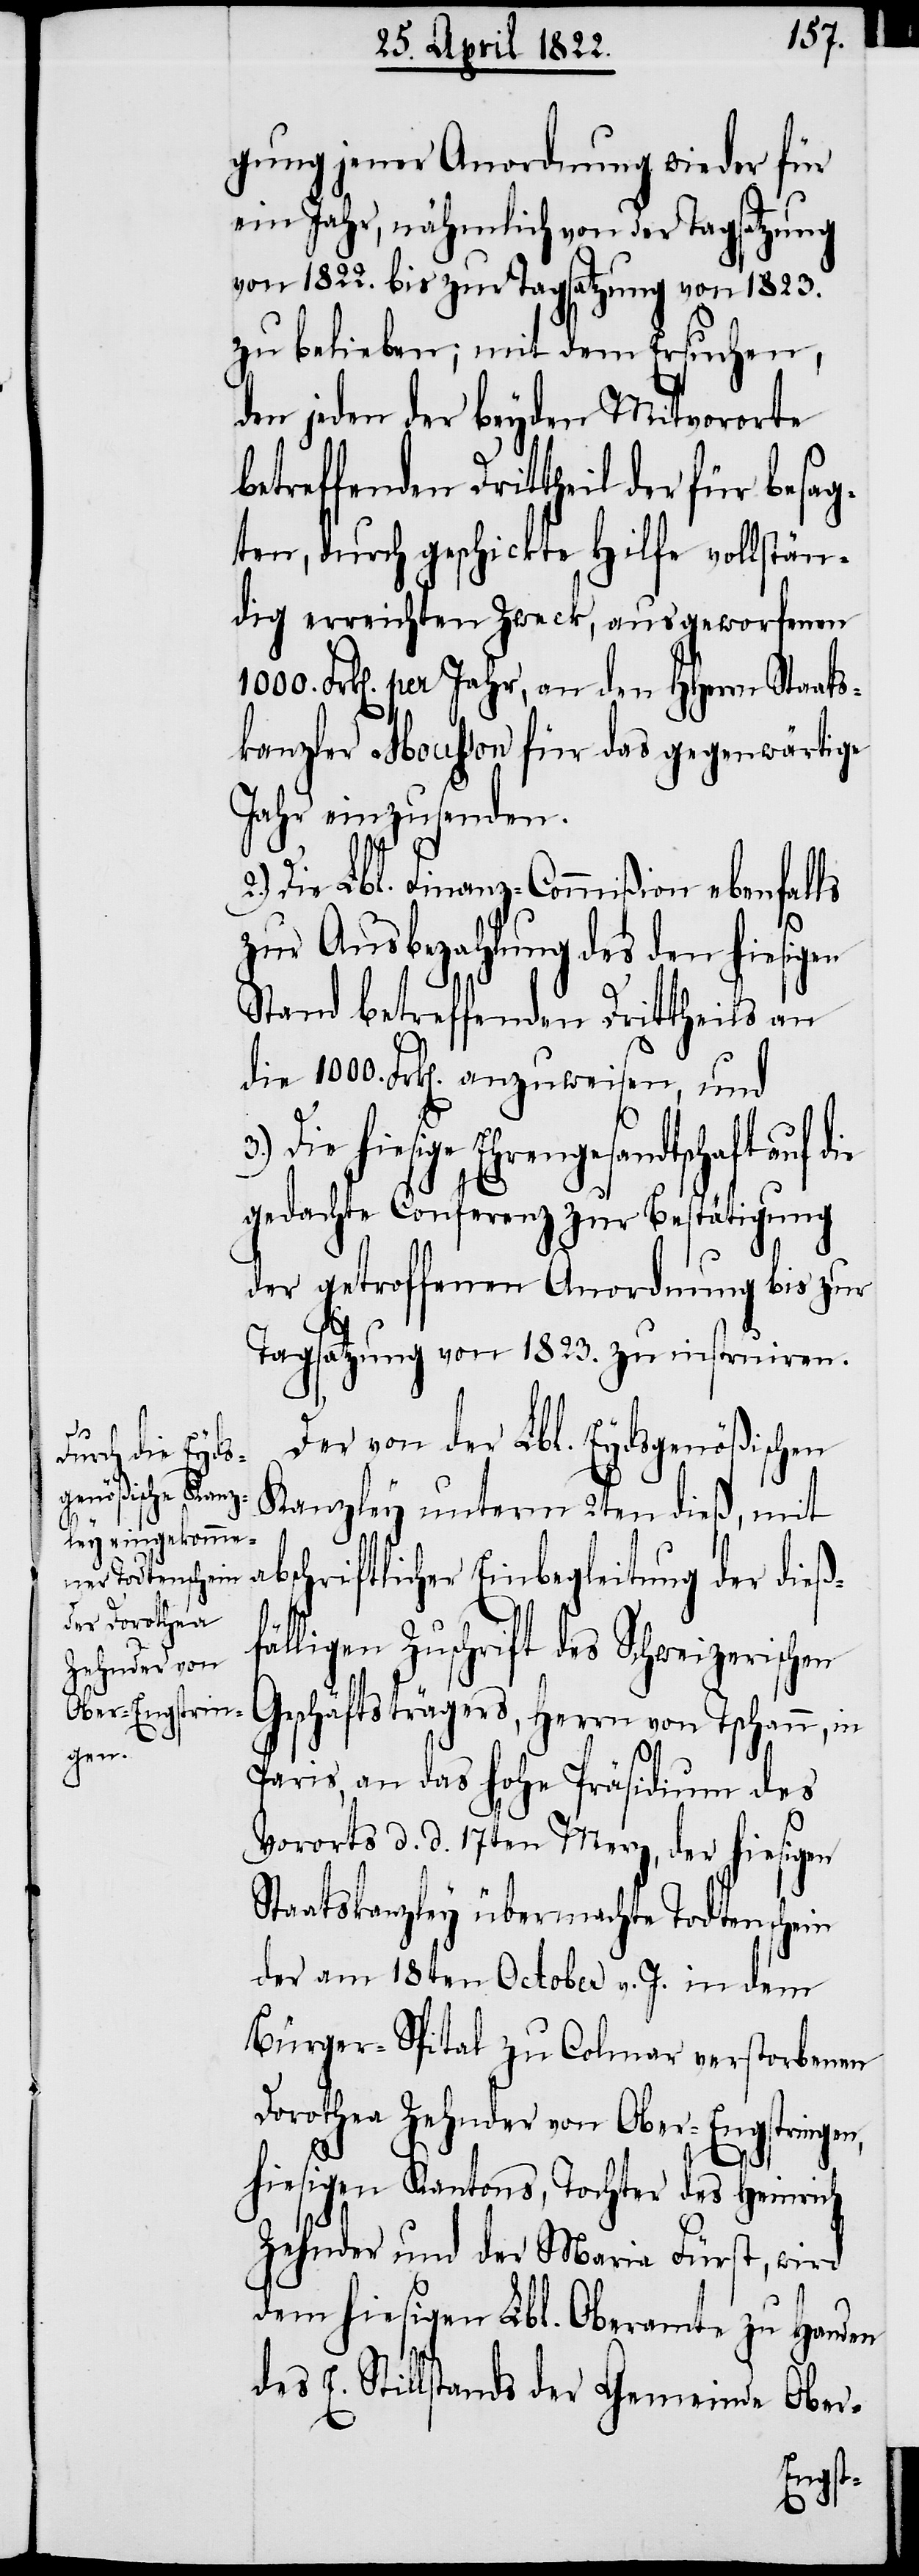
gen

gung jener Anordnung wieder für
ein Jahr, nähmlich von der Tagsatzung
von 1822. bis zur Tagsatzung von 1823.
zu belieben; mit dem Ersuchen,
den jeden der beyden Mitvororte
betreffenden Drittheil der für besa¬
gten, durch geschickte Hilfe vollstän¬
dig erreichten Zweck, ausgeworfenen
1000. Frk[en]. per Jahr, an den HHerrn Staats¬
kanzler Mousson für das gegenwärtige
Jahr einzusenden.
2.) Die Lbl. Finanz-Commißion ebenfalls
zur Ausbezahlung des den hiesi¬
Stand betreffenden Drittheils an
die 1000. Frk[en]. anzuweisen, und
hiesige Ehrengesandtschaft auf
gedachte Conferenz zur Bestätigung
der getroffenen Anordnung bis zur
Tagsatzung von 1823. zu instruiren.
Der von der Lbl. Eydsgenößischen
Kanzley unterm 2ten dieß, mit
abschriftlicher Einbegleitung der dieß¬
fälligen Zuschrift des Schweizerischen
Geschäftsträgers, Herrn von Tschann,
Paris, an das hohe Präsidium des
Vorortes d. d. 17ten Merz, der hiesigen
Staatskanzley übermachte Todtenschein
der am 18ten October v. J. in dem
Bürger-Spital zu Colmar verstorbenen
Dorothea Zehnder von Ober-Engstingen,
hiesigen Kantons, Tochter des Heinrich
Zehnder und der Maria Fürst, wird
dem hiesigen Lbl. Oberamte zu Handen
des E. Stillstandes der Gemeinde Ober-